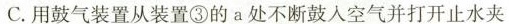
C.用鼓气装置从装置③的a处不断鼓入空气并打开止水夹